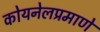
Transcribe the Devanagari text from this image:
कोयनेलप्रमाणे